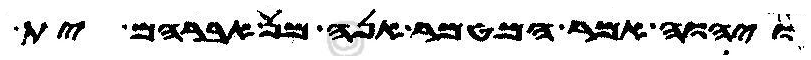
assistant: ויהוה אמר המטמר אנה מן אברהם ית